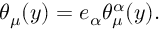
\theta _ { \mu } ( y ) = e _ { \alpha } \theta _ { \mu } ^ { \alpha } ( y ) .